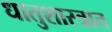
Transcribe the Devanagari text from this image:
धातुशास्त्रात